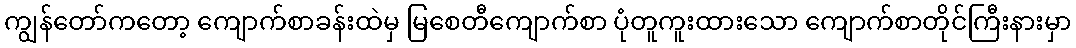
ကျွန်တော်ကတော့ ကျောက်စာခန်းထဲမှ မြစေတီကျောက်စာ ပုံတူကူးထားသော ကျောက်စာတိုင်ကြီးနားမှာ